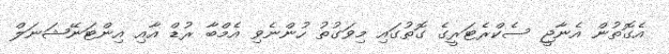
އެގޮތުން އެނާޖީ ސެކްރެޓަރީގެ ގޮތުގައި މިވަގުތު ހުންނެވި އެމްބާ ރުޑް އާއި އިންޓަނޭޝަނަލް